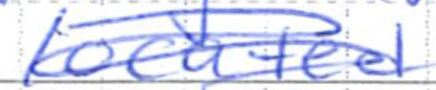
Text: located
Cross-out: mix
Writing tool: ballpoint